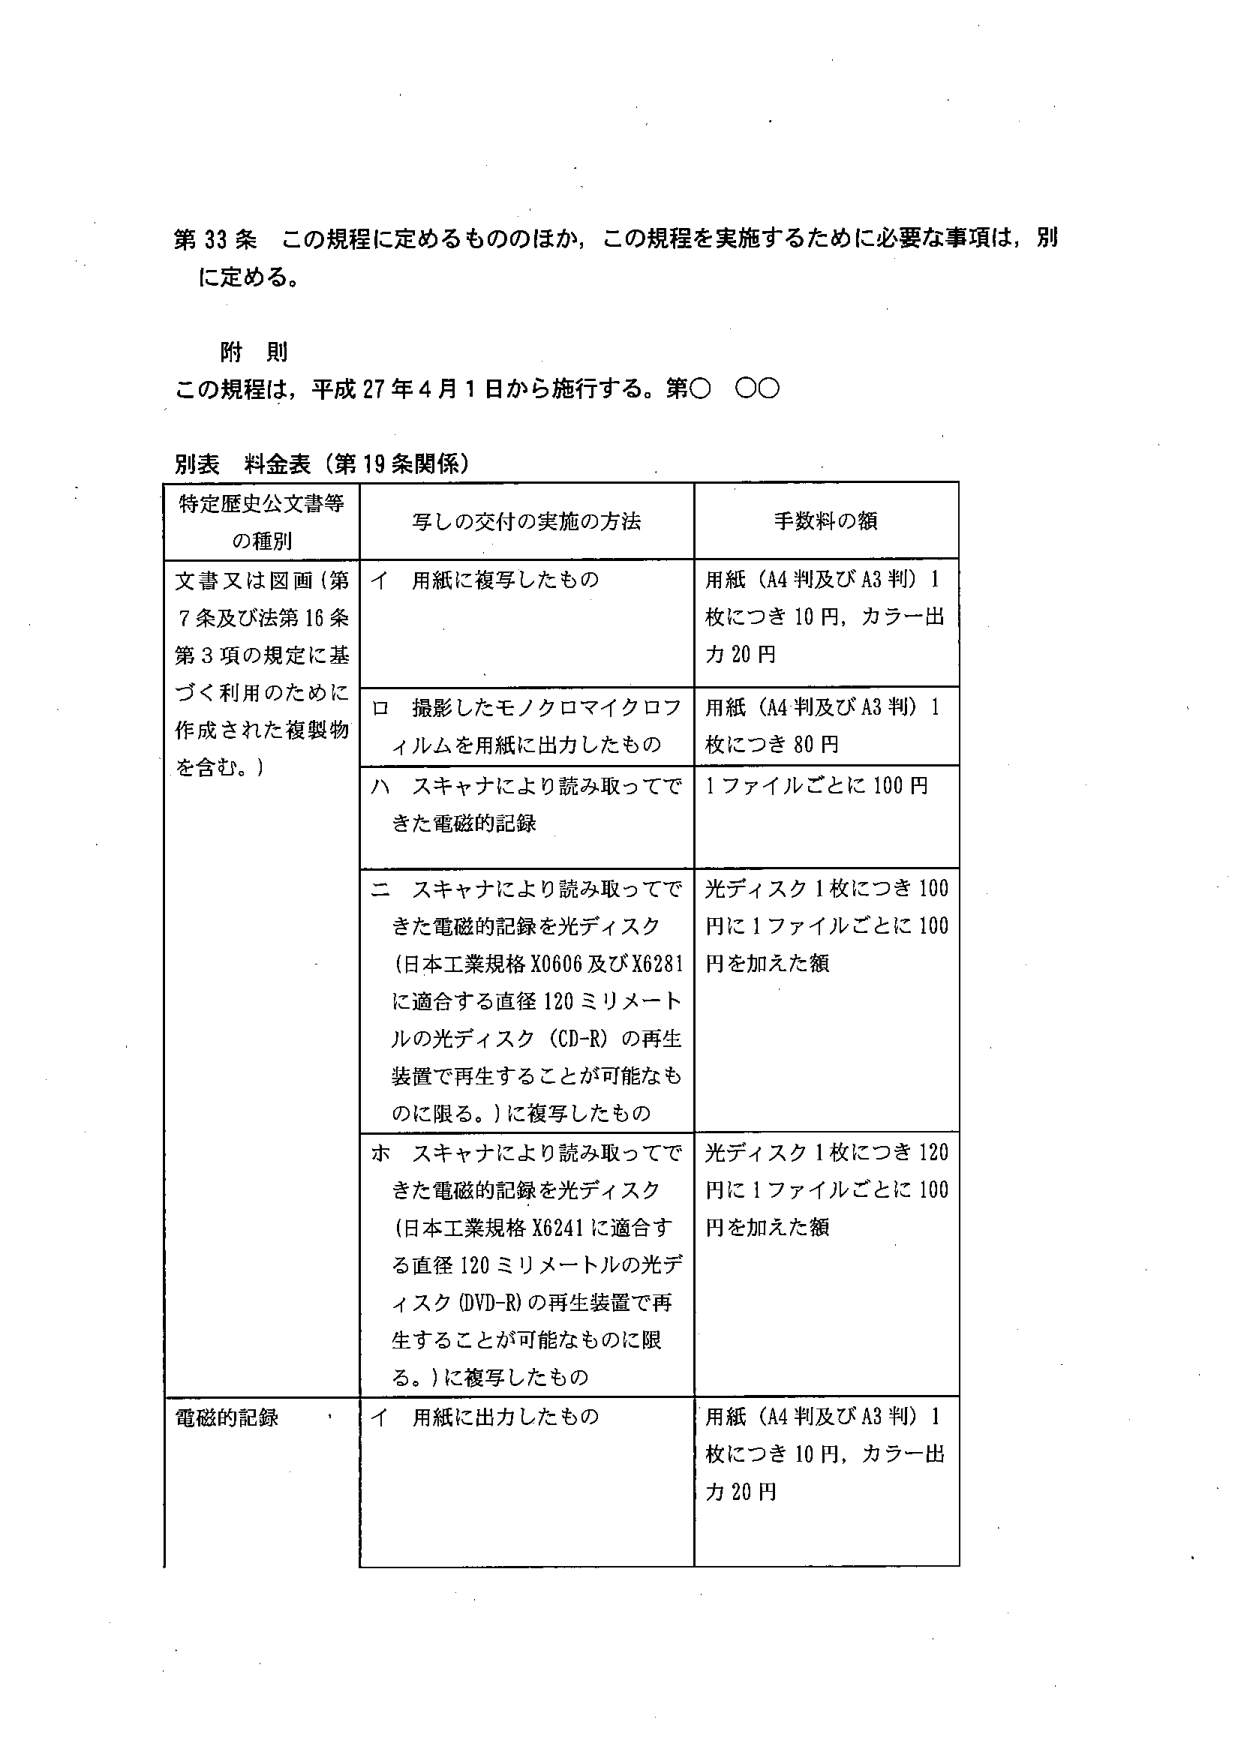
第33条 この規程に定めるもののほか、この規程を実施するために必要な事項は、別に定める。

附則
この規程は、平成27年4月1日から施行する。第○ ○○

別表 料金表（第19条関係）

特定歴史公文書等の種別　　　　　写しの交付の実施の方法　　　　　手数料の額

文書又は図画（第7条及び法第16条第3項の規定に基づく利用のために作成された複製物を含む。）
　イ 用紙に複写したもの　　　　　　用紙（A4判及びA3判）1枚につき10円、カラー出力20円
　ロ 撮影したモノクロマイクロフィルムを用紙に出力したもの　　　用紙（A4判及びA3判）1枚につき80円
　ハ スキャナにより読み取ってできた電磁的記録　　　　　　　　　1ファイルごとに100円
　ニ スキャナにより読み取ってできた電磁的記録を光ディスク（日本工業規格X0606及びX6281に適合する直径120ミリメートルの光ディスク（CD-R）の再生装置で再生することが可能なものに限る。）に複写したもの　　光ディスク1枚につき100円に1ファイルごとに100円を加えた額
　ホ スキャナにより読み取ってできた電磁的記録を光ディスク（日本工業規格X6241に適合する直径120ミリメートルの光ディスク（DVD-R）の再生装置で再生することが可能なものに限る。）に複写したもの　　光ディスク1枚につき120円に1ファイルごとに100円を加えた額

電磁的記録
　イ 用紙に出力したもの　　　　　　用紙（A4判及びA3判）1枚につき10円、カラー出力20円